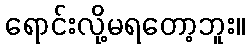
ရောင်းလို့မရတော့ဘူး။